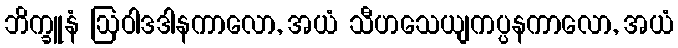
ဘိက္ခူနံ ဩဝါဒဒါနကာလော, အယံ သီဟသေယျကပ္ပနကာလော, အယံ